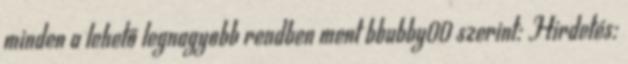
minden a lehető legnagyobb rendben ment bbubby00 szerint: Hirdetés: